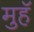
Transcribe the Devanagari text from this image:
मुहॅ